system: You are a helpful assistant.
user:
Analyze the provided spectrum to determine if it is a **"Cataclysmic Variables (CV)"**.

- **Key Indicators for CV (Check for either state):**
    - **State 1: Quiescent / Low-State (Emission-Dominated)**
        - **(Primary):** Strong and *very broad* Hydrogen Balmer emission lines (e.g., $H\alpha$ at 6563 Å, $H\beta$ at 4861 Å). The 'broadness' (high velocity dispersion, often FWHM > 1000 km/s) is the key diagnostic, indicating a high-velocity accretion disk.
        - **(Secondary):** Broad neutral Helium (He I) emission lines (e.g., 5876 Å, 6678 Å).
        - **(Key Confirmation):** Presence of high-excitation *ionized* Helium (He II) emission at 4686 Å. This is a strong indicator of accretion onto a white dwarf.
        - **(Line Profile):** Emission lines may exhibit a 'double-peaked' profile, which is a classic signature of a rotating accretion disk viewed at high inclination.

    - **State 2: Outburst / High-State (Absorption-Dominated)**
        - **(Primary):** Spectrum is dominated by a bright, blue continuum (looks like a hot star).
        - **(Secondary):** The emission lines from State 1 are weak, absent, or 'filled in', and are replaced by broad, shallow *absorption* lines (primarily Balmer and He I).
        - **(Morphology):** The overall spectrum mimics a hot B/A-type star. The crucial difference is that the absorption lines are significantly broader, shallower, and more 'washed-out' (or 'smeared') than the sharp lines of a normal stellar photosphere, due to high rotational speeds and pressure broadening in the disk.

Think first, call **spectral_visualization_tool** if needed to examine features in detail, then provide your final answer. Your response must adhere to the following strict rules:
1.  **Overall Structure:** Your response must follow the format `<think>...</think> <tool_call>...</tool_call> (if a tool is used) <answer>...</answer>`.
2.  **Tool Usage Constraint:** You may only make **one** tool call per turn.
3.  **Final Answer Format:** In the `<answer>` tag, your conclusion must be inside a `\boxed{}` command (e.g., `\boxed{YES}`), followed by your justification.

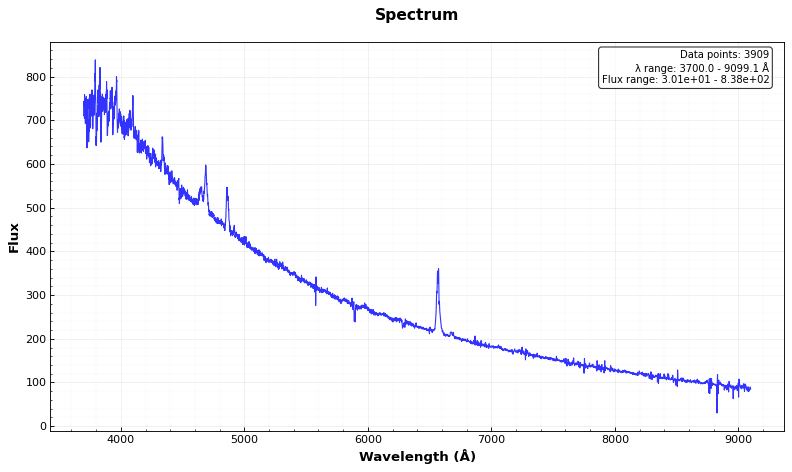
Answer: YES